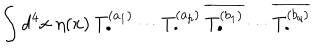
\int d ^ { 4 } x \; \eta ( x ) \: T _ { \bullet } ^ { ( a _ { 1 } ) } \cdots T _ { \bullet } ^ { ( a _ { p } ) } \: \overline { { { T _ { \bullet } ^ { ( b _ { 1 } ) } } } } \cdots \overline { { { T _ { \bullet } ^ { ( b _ { q } ) } } } }